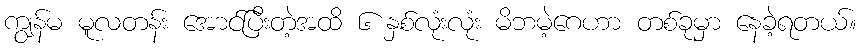
ကျွန်မ မူလတန်း အောင်ပြီးတဲ့အထိ ၆ နှစ်လုံးလုံး မိဘမဲ့ဂေဟာ တစ်ခုမှာ နေခဲ့ရတယ်။